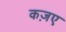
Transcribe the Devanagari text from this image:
कज़ए